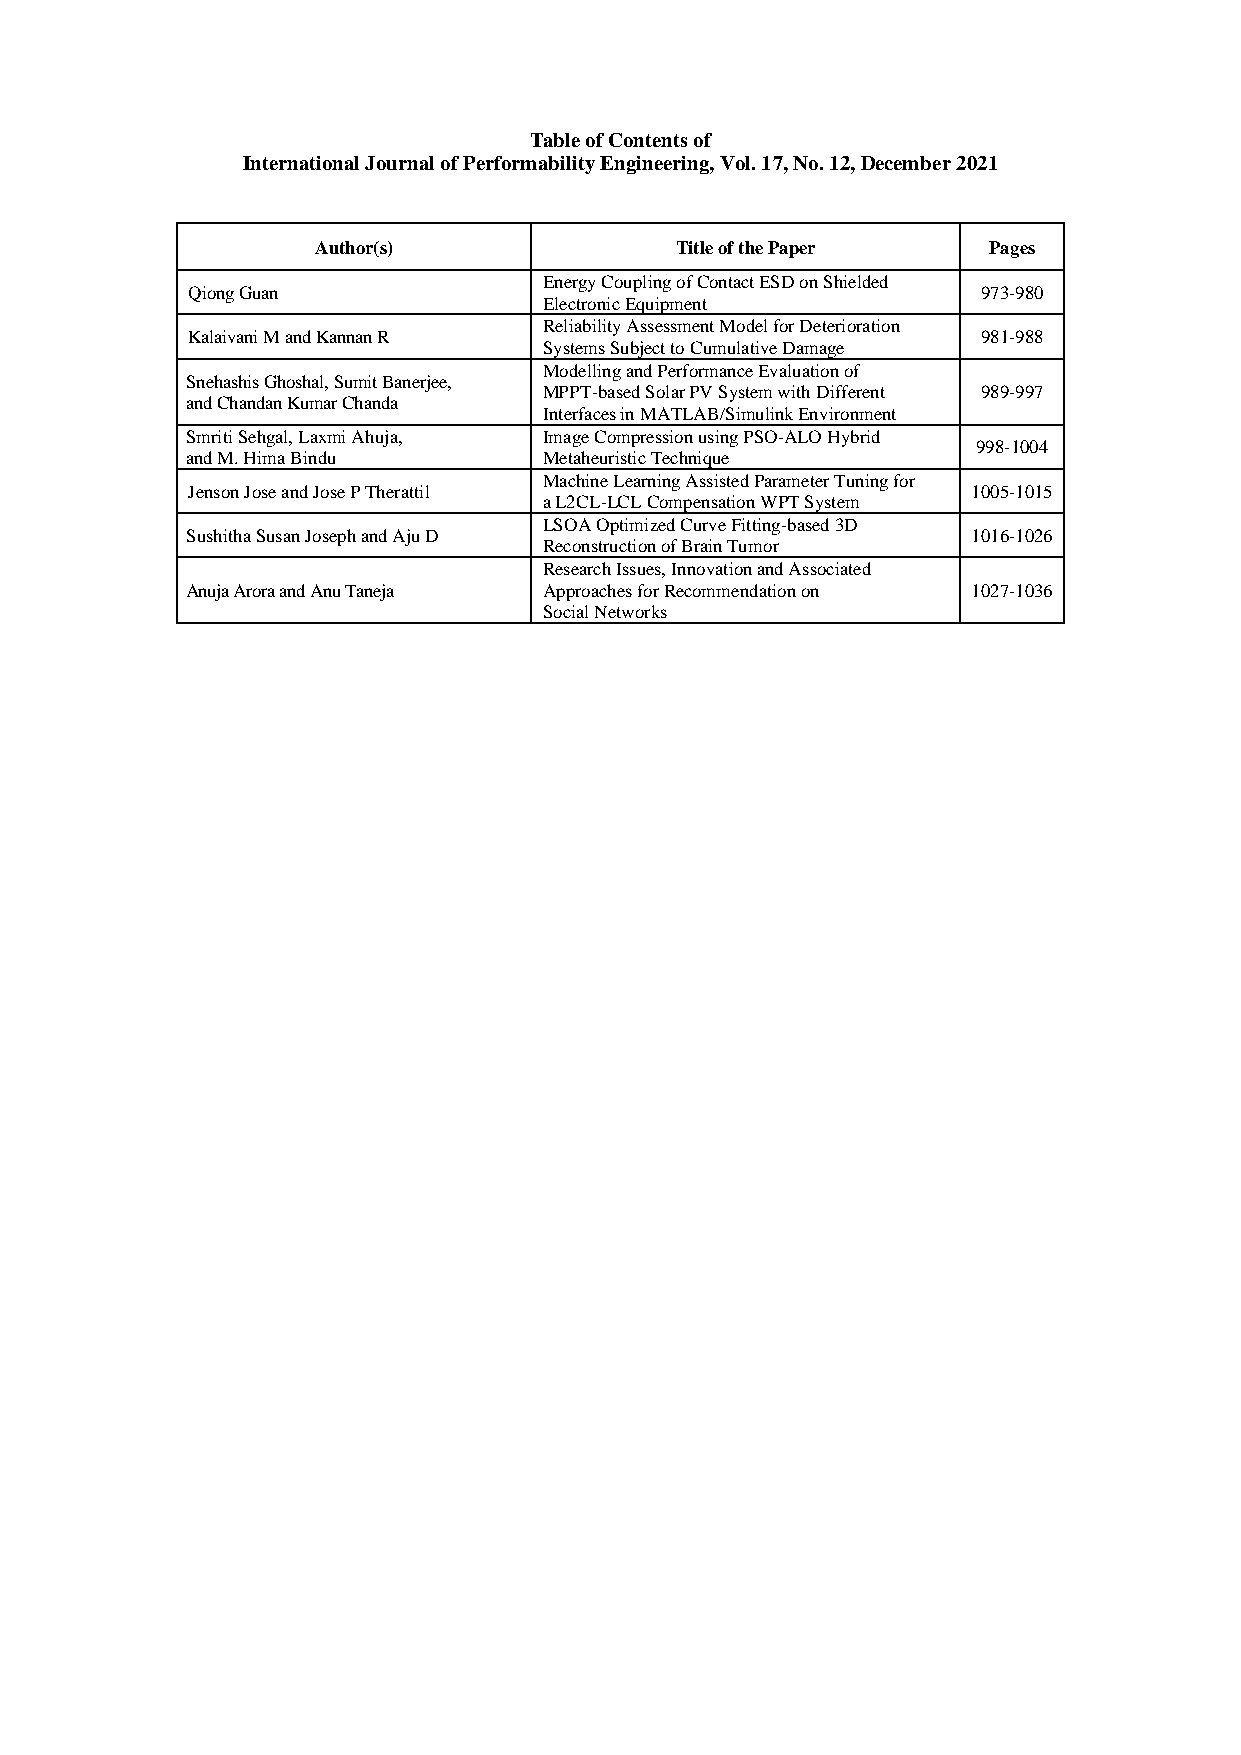
Table of Contents of
 International Journal of Performability Engineering, Vol. 17, No. 12, December 2021
 Author(s)               Title of the Paper  Pages
 Energy Coupling of Contact ESD on Shielded
 Qiong Guan                                           973-980
 Electronic Equipment
 Reliability Assessment Model for Deterioration
 Kalaivani M and Kannan R                             981-988
 Systems Subject to Cumulative Damage
 Modelling and Performance Evaluation of
 Snehashis Ghoshal, Sumit Banerjee,
 MPPT-based Solar PV System with Different 989-997
 and Chandan Kumar Chanda
 Interfaces in MATLAB/Simulink Environment
 Smriti Sehgal, Laxmi Ahuja, Image Compression using PSO-ALO Hybrid
 998-1004
 and M. Hima Bindu       Metaheuristic Technique
 Machine Learning Assisted Parameter Tuning for
 Jenson Jose and Jose P Therattil                    1005-1015
 a L2CL-LCL Compensation WPT System
 LSOA Optimized Curve Fitting-based 3D
 Sushitha Susan Joseph and Aju D                     1016-1026
 Reconstruction of Brain Tumor
 Research Issues, Innovation and Associated
 Anuja Arora and Anu Taneja Approaches for Recommendation on 1027-1036
 Social Networks